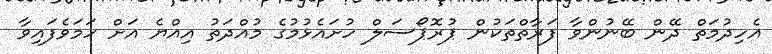
އެހިދުމަތް ދޭން ބޭނުންވާ ފަރާތްތަކުން ޕުރޮޕޯސަލް ހުށައެޅުމުގެ މުއްދަތު އިއްޔެ އަށް ހަމަވެފައިވާ